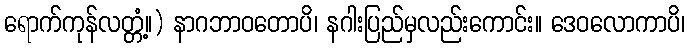
ရောက်ကုန်လတ္တံ့။) နာဂဘာဝတောပိ၊ နဂါးပြည်မှလည်းကောင်း။ ဒေဝလောကာပိ၊